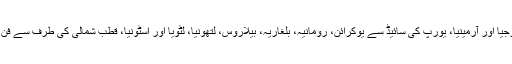
درمیان میں سینٹرل ایشیا کے ملکوں قزاقستان، تاجکستان، ازبکستان، ترکمانستان، آذر بائیجان، جارجیا اور آرمینیا، یورپ کی سائیڈ سے یوکرائن، رومانیہ، بلغاریہ، بیلاروس، لتھونیا، لٹویا اور اسٹونیا، قطب شمالی کی طرف سے فن لینڈ اور ناروے اور یہ دنیا کے آخری سرے سے الاسکا کے ذریعے امریکا سے بھی جڑا ہوا ہے۔